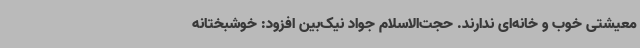
معیشتی خوب و خانه‌ای ندارند. حجت‌الاسلام جواد نیک‌بین افزود: خوشبختانه